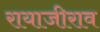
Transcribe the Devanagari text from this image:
रायाजीराव